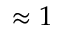
\approx 1